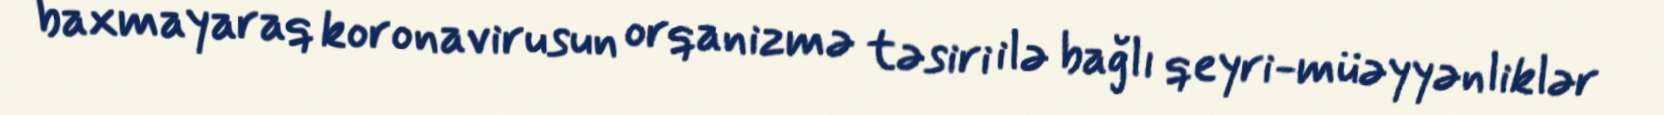
baxmayaraq koronavirusun orqanizmə təsiri ilə bağlı qeyri-müəyyənliklər